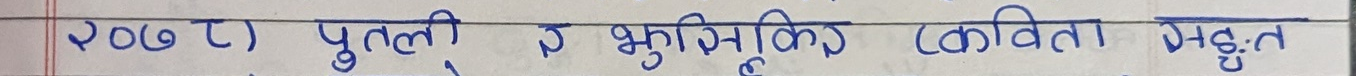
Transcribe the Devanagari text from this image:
२७७) पुतली र भूमिका (कविता सङ्गत